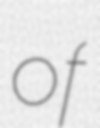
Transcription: of